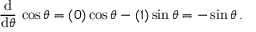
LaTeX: { \frac { \operatorname { d } } { \operatorname { d } \! \theta } } \, \cos \theta = ( 0 ) \cos \theta - ( 1 ) \sin \theta = - \sin \theta \, .